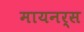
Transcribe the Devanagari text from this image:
मायनर्स